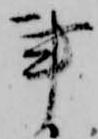
事